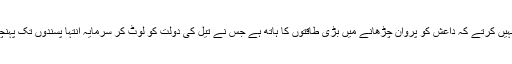
اخباری رپورٹر او رتجزیہ نگار یہ کہنے میں عار محسوس نہیں کرتے کہ داعش کو پروان چڑھانے میں بڑی طاقتوں کا ہاتھ ہے جس نے تیل کی دولت کو لوٹ کر سرمایہ انتہا پسندوں تک پہنچایا کیا فنانشل ایکشن ٹاسک فورس اس کا بھی حساب لے گی؟